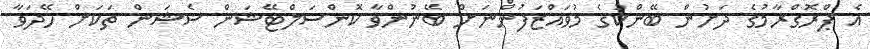
އެ ޕްރޮގްރާމުގެ ދަށުން ބޭންކުގެ މުވައްޒަފުންނަށް ބޭނުންވާ ކޮންސަލްޓޭޝަން ސެޝަން ތަކަށް ހޭދަވާ